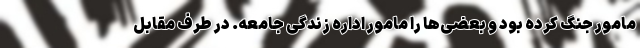
مامور جنگ کرده بود و بعضی‌ها را مامور اداره زندگی جامعه. در طرف مقابل